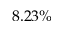
8 . 2 3 \%